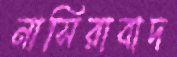
নাসিরাবাদ